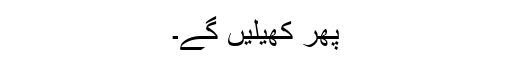
پھر کھیلیں گے۔